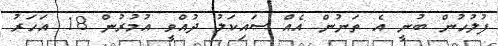
ފުލުހުން ބުނީ އެ ތަނުން އެއް ސައިކަލު ދުއްވީ އުމުރުން 18 އަހަރު